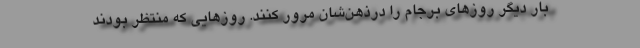
بار دیگر روزهای برجام را درذهن‌شان مرور کنند. روزهایی که منتظر بودند